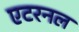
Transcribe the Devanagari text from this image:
एटरनल